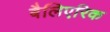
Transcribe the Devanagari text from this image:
बैलिएरिक